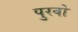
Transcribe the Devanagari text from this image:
पुरवो